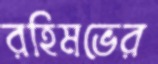
রহিমভের